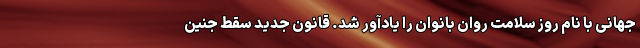
جهانی با نام روز سلامت روان بانوان را یادآور شد. قانون جدید سقط جنین